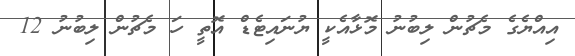
އިއްޔެގެ މެޗުން ލިބުނު މޮޅާއެކީ ޔުނައިޓެޑް އޮތީ ހަ މެޗުން ލިބުނު 12